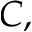
C ,